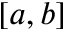
[ a , b ]